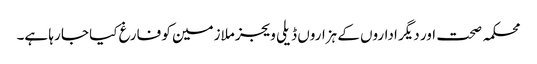
محکمہ صحت اور دیگر اداروں کے ہزاروں ڈیلی ویجز ملازمین کو فارغ کیا جا رہا ہے۔